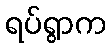
ရပ်ရွာက